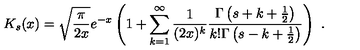
K _ { s } ( x ) = \sqrt { \frac { \pi } { 2 x } } e ^ { - x } \left( 1 + \sum _ { k = 1 } ^ { \infty } \frac { 1 } { ( 2 x ) ^ { k } } \frac { \Gamma \left( s + k + \frac { 1 } { 2 } \right) } { k ! \Gamma \left( s - k + \frac { 1 } { 2 } \right) } \right) \ .